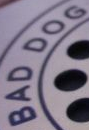
BAD DOG